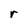
Character: r